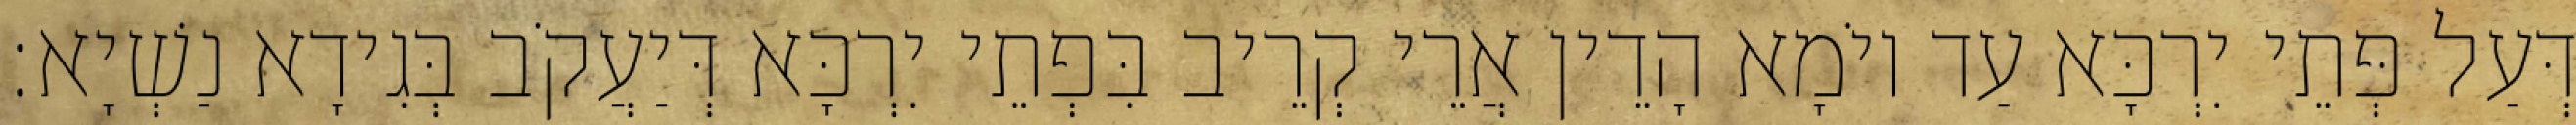
דְּעַל פְּתֵי יִרְכָּא עַד יוֹמָא הָדֵין אֲרֵי קְרֵיב בִּפְתֵי יִרְכָּא דְּיַעֲקֹב בְּגִידָא נַשְׁיָא׃